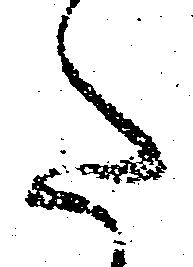
た